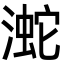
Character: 㵃